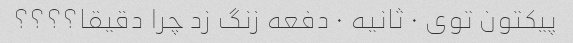
پیکتون توی ٠ ثانیه ٠ دفعه زنگ زد چرا دقیقا؟؟؟؟